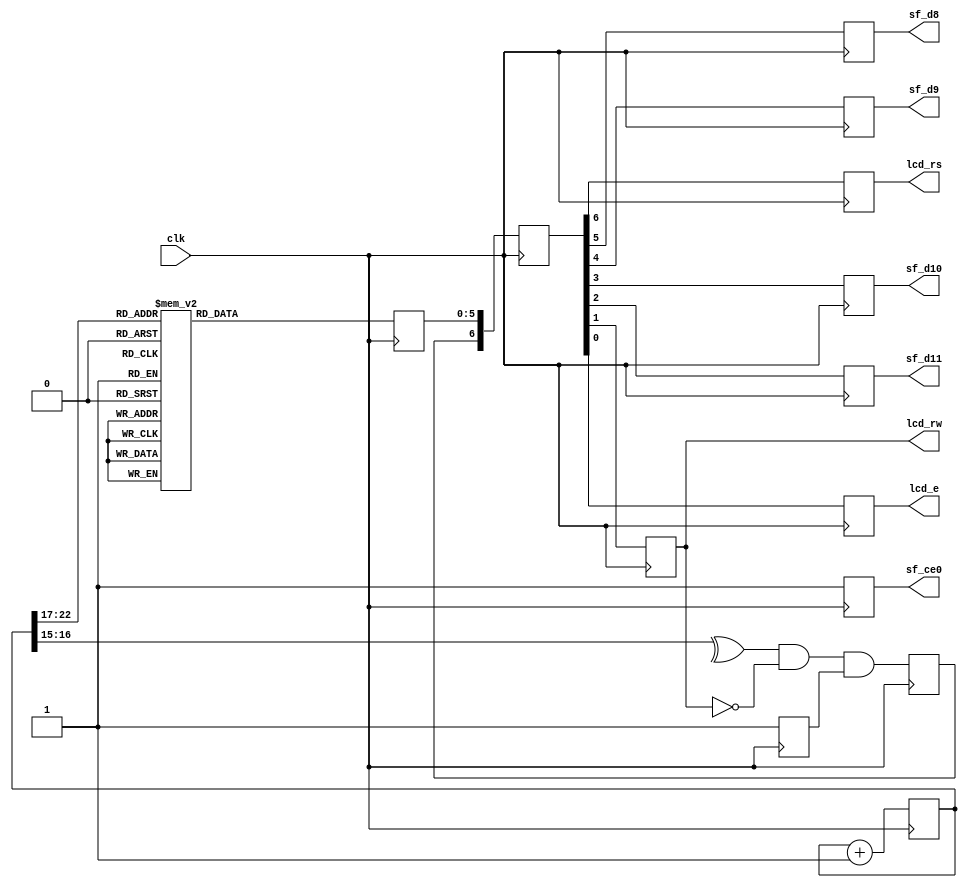
module lcd_2(clk, lcd_rs, sf_d8, sf_d9, sf_d10, sf_d11, lcd_rw, lcd_e, sf_ce0);
    parameter k = 15;
    input clk;
    output lcd_rs, sf_d8, sf_d9, sf_d10, sf_d11, lcd_rw, lcd_e, sf_ce0;
    reg lcd_rs, sf_d8, sf_d9, sf_d10, sf_d11, lcd_rw, lcd_e, sf_ce0;
    reg [k+8-1:0] count;
    reg lcd_busy;
    reg [5:0] lcd_char;
    reg lcd_stb;
    reg [6:0] lcd_intf_signals;
    always @ (posedge clk)
        begin
            count <= count + 1;
            lcd_busy <= 1'b1;
            sf_ce0 <= 1; 
            case (count[k+7:k+2])
                0: lcd_char <= 6'h03; 
                1: lcd_char <= 6'h03;
                2: lcd_char <= 6'h03; 
                3: lcd_char <= 6'h02;
                4: lcd_char <= 6'h02; 
                5: lcd_char <= 6'h08;
                6: lcd_char <= 6'h00; 
                7: lcd_char <= 6'h06;
                8: lcd_char <= 6'h00; 
                9: lcd_char <= 6'h0C;
                10: lcd_char <= 6'h00; 
                11: lcd_char <= 6'h01;
                12: lcd_char <= 6'h24; 
                13: lcd_char <= 6'h28;
                14: lcd_char <= 6'h26; 
                15: lcd_char <= 6'h25;
                16: lcd_char <= 6'h26; 
                17: lcd_char <= 6'h2C;
                18: lcd_char <= 6'h26; 
                19: lcd_char <= 6'h2C;
                20: lcd_char <= 6'h26; 
                21: lcd_char <= 6'h2F;
                22: lcd_char <= 6'h22; 
                23: lcd_char <= 6'h20;
                24: lcd_char <= 6'h25; 
                25: lcd_char <= 6'h23;
                26: lcd_char <= 6'h26; 
                27: lcd_char <= 6'h25;
                28: lcd_char <= 6'h26; 
                29: lcd_char <= 6'h21;
                30: lcd_char <= 6'h26; 
                31: lcd_char <= 6'h2E;
                32: lcd_char <= 6'h22; 
                33: lcd_char <= 6'h21;
                default: lcd_char <= 6'h10;
            endcase
            lcd_stb <= ^count[k+1:k+0] & ~lcd_rw & lcd_busy;
            lcd_intf_signals <= {lcd_stb, lcd_char};
            {lcd_rs, sf_d8, sf_d9, sf_d10, sf_d11, lcd_rw, lcd_e} <= lcd_intf_signals;
        end
endmodule